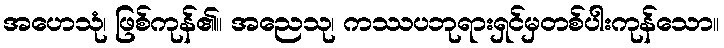
အဟေသုံ၊ ဖြစ်ကုန်၏။ အညေသု၊ ကဿပဘုရားရှင်မှတစ်ပါးကုန်သော။